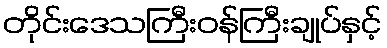
တိုင်းဒေသကြီးဝန်ကြီးချုပ်နှင့်